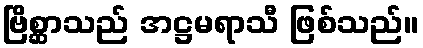
ဗြိစ္ဆာသည် အဋ္ဌမရာသီ ဖြစ်သည်။